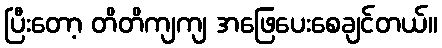
ပြီးတော့ တိတိကျကျ အဖြေပေးစေချင်တယ်။